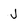
Character: J